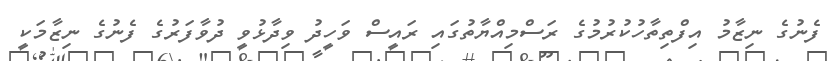
ފެނުގެ ނިޒާމު އިފްތިތާހުކުރުމުގެ ރަަސްމިއްޔާތުގައި ރައީސް ވަހީދު ވިދާޅުވީ ދުވާފަރުގެ ފެނުގެ ނިޒާމަކީ